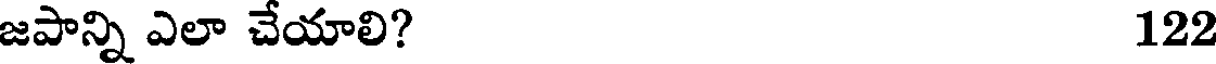
జపాన్ని ఎలా చేయాలి? 122